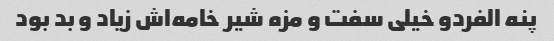
پنه الفردو خیلی سفت و مزه شیر خامه‌اش زیاد و بد بود